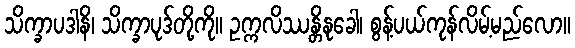
သိက္ခာပဒါနိ၊ သိက္ခာပုဒ်တို့ကို။ ဥက္ကလိဿန္တိနုခေါ၊ စွန့်ပယ်ကုန်လိမ့်မည်လော။